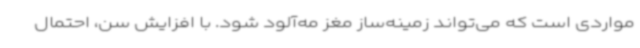
مواردی است که می‌تواند زمینه‌ساز مغز مه‌آلود شود. با افزایش سن، احتمال